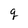
Character: g